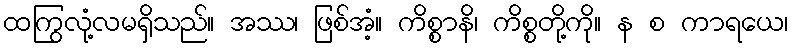
ထကြွလုံ့လမရှိသည်။ အဿ၊ ဖြစ်အံ့။ ကိစ္စာနိ၊ ကိစ္စတို့ကို။ န စ ကာရယေ၊